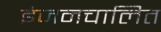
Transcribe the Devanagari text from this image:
इंजनचालित